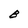
Character: B